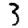
Digit: 3